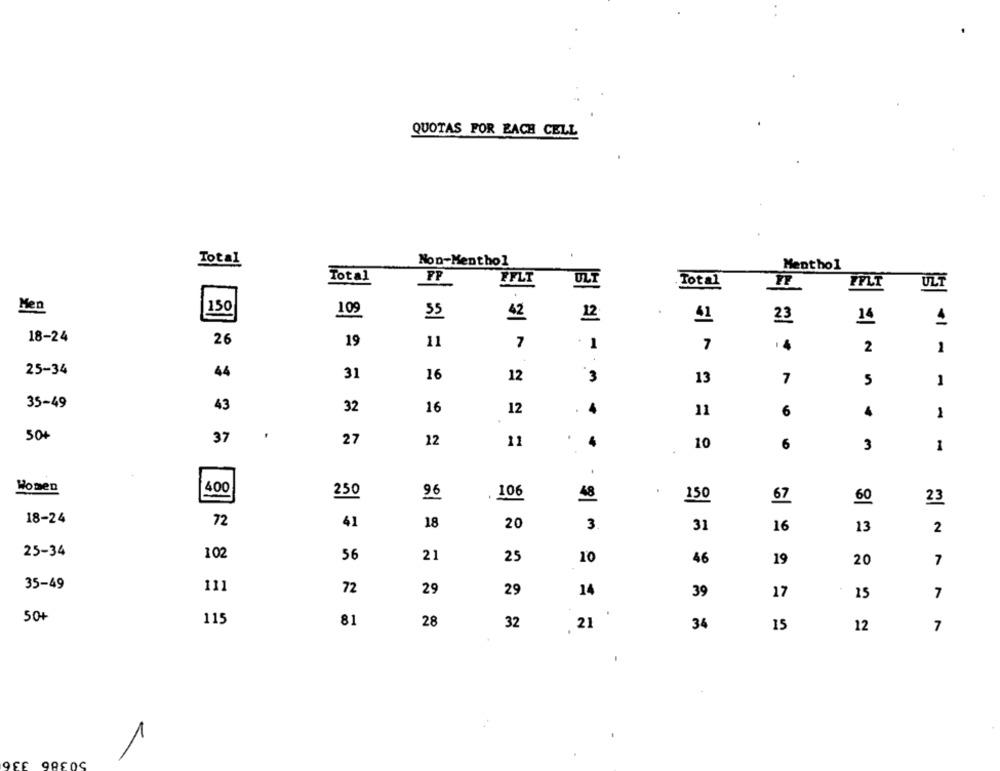
QUOTAS FOR EACH CELL
Total
Non-Menthol
Menthol
Total
FP
FFLT
ULT
.Total
FF
FFLT
ULT
Men
150
109
35
42
12
41
23
14
18-24
26
19
11
7
1
7
14
2
1
25-34
44
31
16
12
3
13
7
5
1
35-49
43
32
16
12
11
6
1
50
37
27
12
11
10
6
3
1
Women
400
250
96
106
48
.1
150
67
60
23
18-24
72
41
18
20
3
31
16
13
2
25-34
102
21
56
25
10
46
19
20
7
35-49
111
72
29
29
14
39
17
7
15
50+
.
115
81
28
32
34
.
21
15
12
7
336